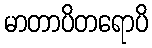
မာတာပိတရောပိ